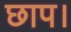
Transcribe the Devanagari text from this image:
छाप।